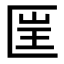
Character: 𠥆